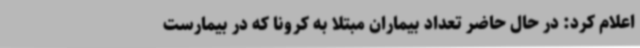
اعلام کرد: در حال حاضر تعداد بیماران مبتلا به کرونا که در بیمارست